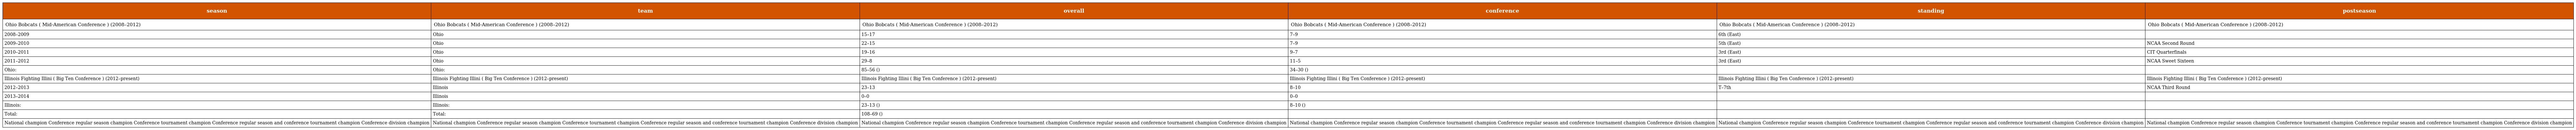
| season | team | overall | conference | standing | postseason |
 | --- | --- | --- | --- | --- | --- |
 | Ohio Bobcats ( Mid-American Conference ) (2008–2012) | Ohio Bobcats ( Mid-American Conference ) (2008–2012) | Ohio Bobcats ( Mid-American Conference ) (2008–2012) | Ohio Bobcats ( Mid-American Conference ) (2008–2012) | Ohio Bobcats ( Mid-American Conference ) (2008–2012) | Ohio Bobcats ( Mid-American Conference ) (2008–2012) |
 | 2008–2009 | Ohio | 15–17 | 7–9 | 6th (East) |  |
 | 2009–2010 | Ohio | 22–15 | 7–9 | 5th (East) | NCAA Second Round |
 | 2010–2011 | Ohio | 19–16 | 9–7 | 3rd (East) | CIT Quarterfinals |
 | 2011–2012 | Ohio | 29–8 | 11–5 | 3rd (East) | NCAA Sweet Sixteen |
 | Ohio: | Ohio: | 85–56 () | 34–30 () |  |  |
 | Illinois Fighting Illini ( Big Ten Conference ) (2012–present) | Illinois Fighting Illini ( Big Ten Conference ) (2012–present) | Illinois Fighting Illini ( Big Ten Conference ) (2012–present) | Illinois Fighting Illini ( Big Ten Conference ) (2012–present) | Illinois Fighting Illini ( Big Ten Conference ) (2012–present) | Illinois Fighting Illini ( Big Ten Conference ) (2012–present) |
 | 2012–2013 | Illinois | 23–13 | 8–10 | T–7th | NCAA Third Round |
 | 2013–2014 | Illinois | 0–0 | 0–0 |  |  |
 | Illinois: | Illinois: | 23–13 () | 8–10 () |  |  |
 | Total: | Total: | 108–69 () |  |  |  |
 | National champion Conference regular season champion Conference tournament champion Conference regular season and conference tournament champion Conference division champion | National champion Conference regular season champion Conference tournament champion Conference regular season and conference tournament champion Conference division champion | National champion Conference regular season champion Conference tournament champion Conference regular season and conference tournament champion Conference division champion | National champion Conference regular season champion Conference tournament champion Conference regular season and conference tournament champion Conference division champion | National champion Conference regular season champion Conference tournament champion Conference regular season and conference tournament champion Conference division champion | National champion Conference regular season champion Conference tournament champion Conference regular season and conference tournament champion Conference division champion |